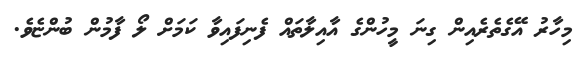
މިހާރު އޭގެތެރެއިން ގިނަ މީހުންގެ އާއިލާތައް ފެނިފައިވާ ކަމަށް ލޯ ފާމުން ބުންޏެވެ.